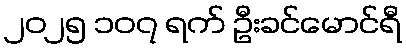
၂၀၂၅ ၁၀၇ ရက် ဦးခင်မောင်ရီ